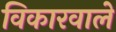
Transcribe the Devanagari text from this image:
विकारवाले